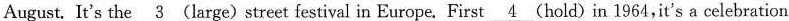
August, It's the \underline{3}(large) street festival in Europe. First \underline{4} (hold) in 1964,it's a celebration